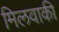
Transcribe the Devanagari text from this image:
मिलवाकी